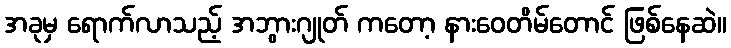
အခုမှ ရောက်လာသည့် အဘွားဂျုတ် ကတော့ နားဝေတိမ်တောင် ဖြစ်နေဆဲ။